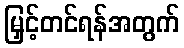
မြှင့်တင်ရန်အတွက်